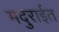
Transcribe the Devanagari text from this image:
मदुराईत